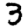
Digit: 3